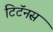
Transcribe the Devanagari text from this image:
टिटॅनस